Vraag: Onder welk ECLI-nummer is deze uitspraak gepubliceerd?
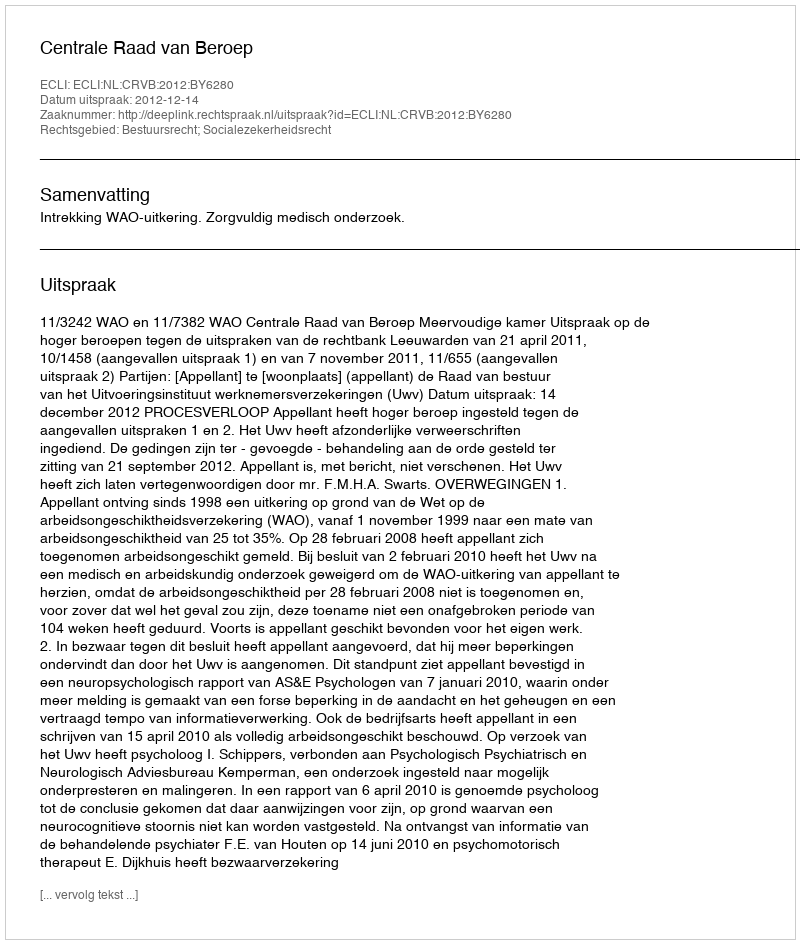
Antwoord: ECLI:NL:CRVB:2012:BY6280